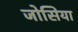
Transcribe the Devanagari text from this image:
जोसिया